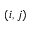
( i , j )